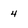
Character: 4